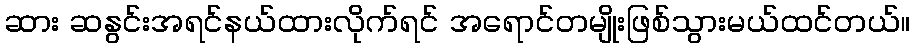
ဆား ဆနွင်းအရင်နယ်ထားလိုက်ရင် အရောင်တမျိုးဖြစ်သွားမယ်ထင်တယ်။